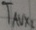
Text: TAUX,2